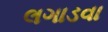
લગાડવા